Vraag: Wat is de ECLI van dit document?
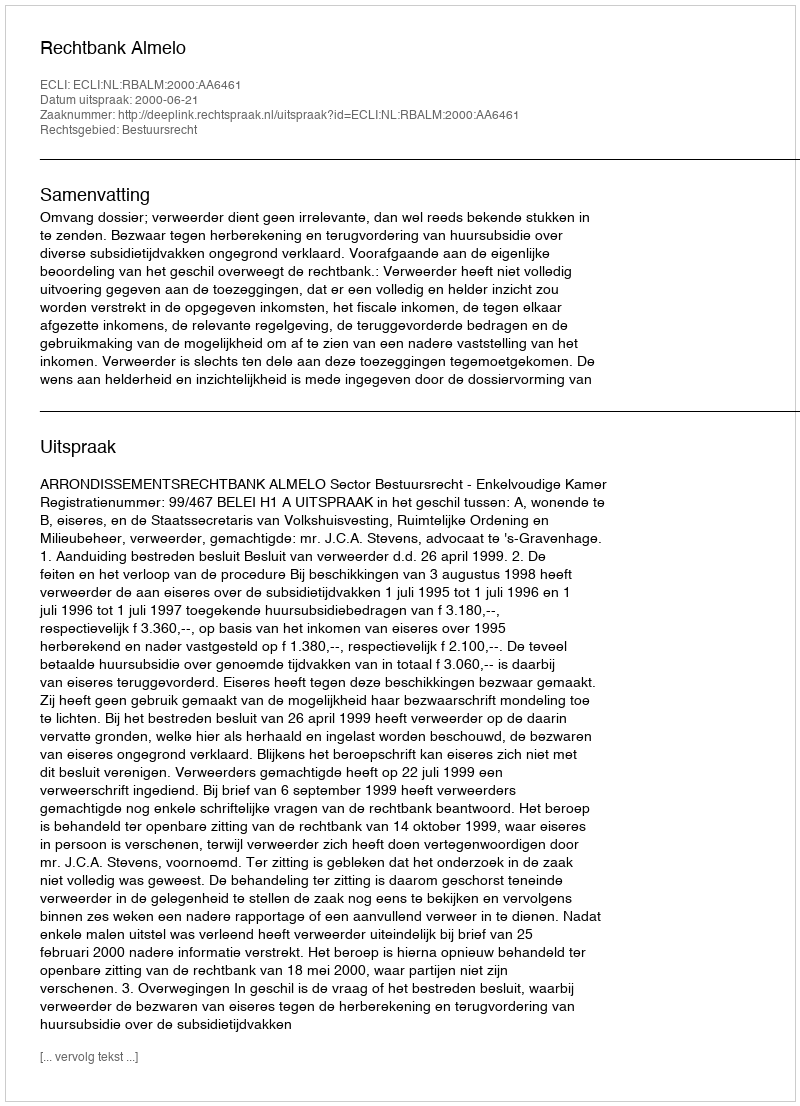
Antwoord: ECLI:NL:RBALM:2000:AA6461